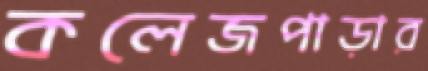
কলেজপাড়ার